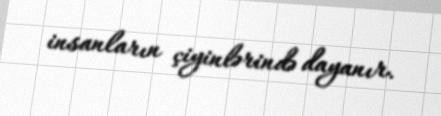
insanların çiyinlərində dayanır.